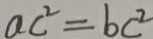
a c ^ { 2 } = b c ^ { 2 }